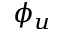
\phi _ { u }